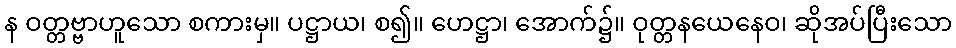
န ဝတ္တဗ္ဗာဟူသော စကားမှ။ ပဋ္ဌာယ၊ စ၍။ ဟေဋ္ဌာ၊ အောက်၌။ ဝုတ္တနယေနေဝ၊ ဆိုအပ်ပြီးသော